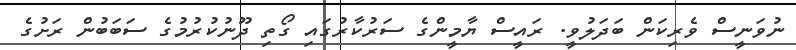
ނުވަނީސް ވެރިކަން ބަދަލުވީ. ރައީސް ޔާމީންގެ ސަރުކާރުގައި ގޯތި ދޫނުކުރުމުގެ ސަބަބުން ރަށުގެ